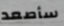
سأصعد